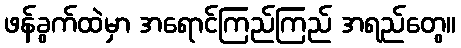
ဖန်ခွက်ထဲမှာ အရောင်ကြည်ကြည် အရည်တွေ။